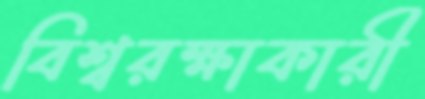
বিশ্বরক্ষাকারী